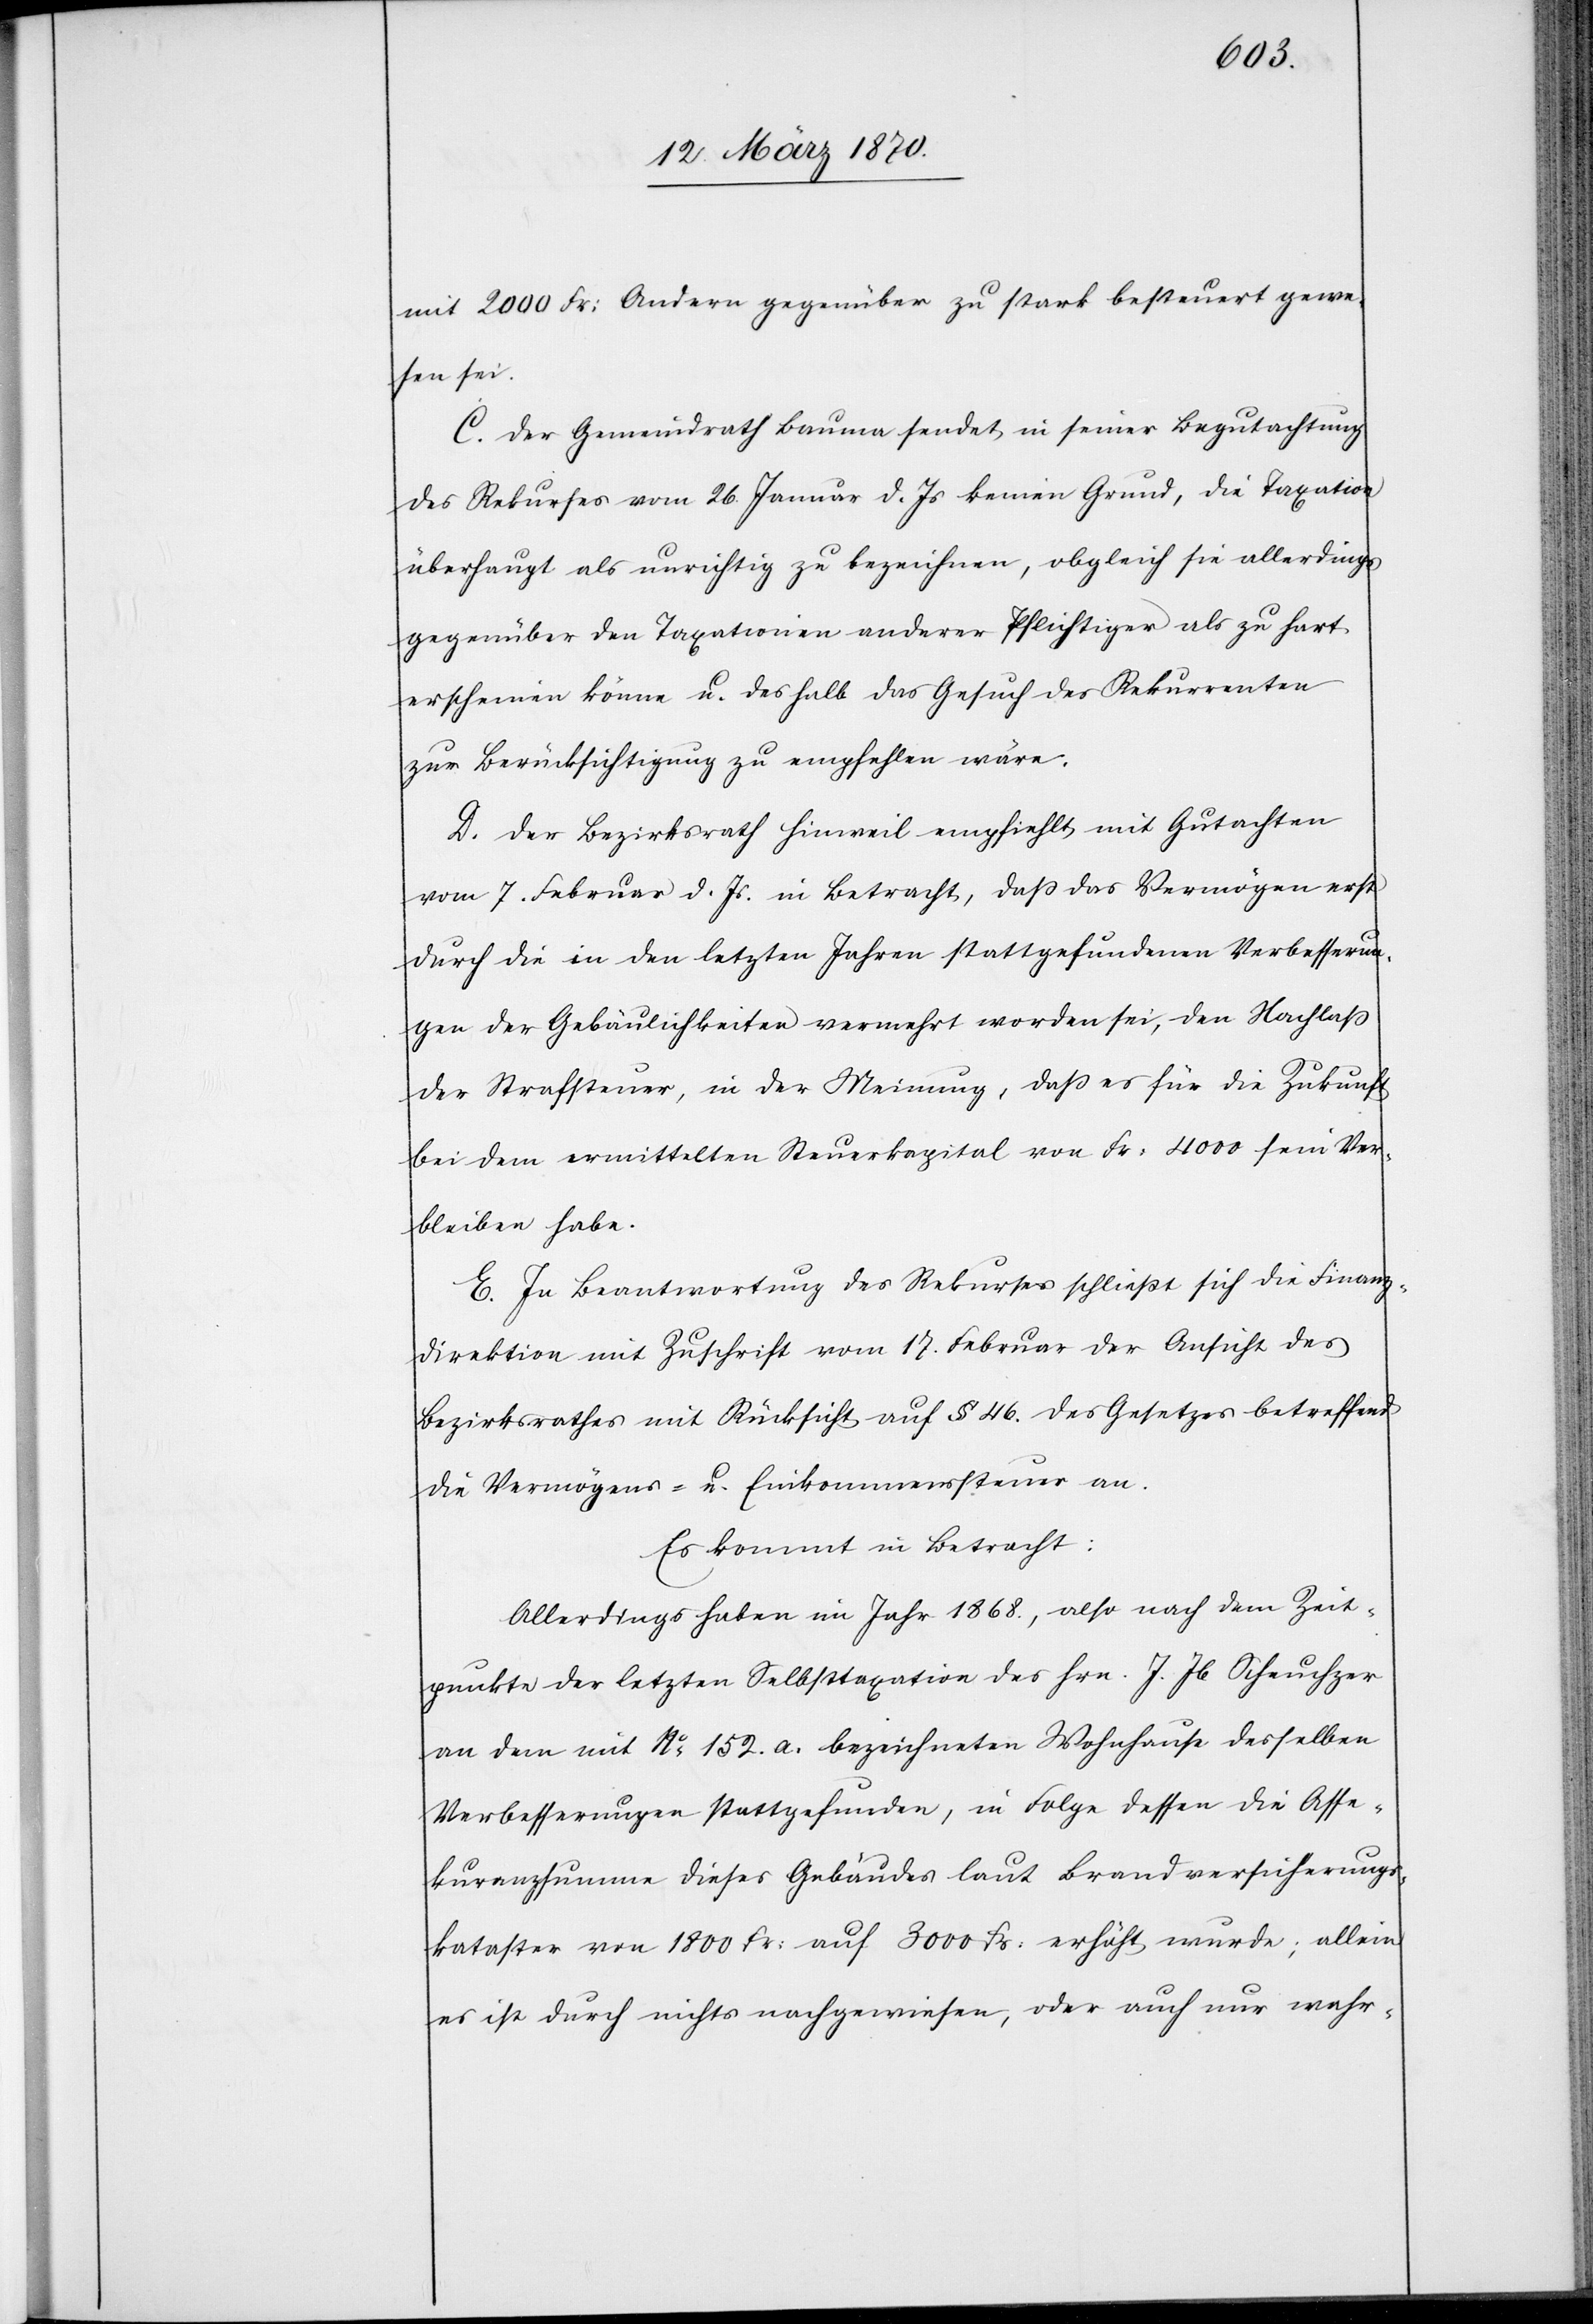
mit 2000 Fr: Andern gegenüber zu stark besteuert gewe¬
sen sei.
C. Der Gemeindrath Bauma sendet in seiner Begutachtung
des Rekurses vom 26. Januar d. Js keinen Grund, die Taxation
überhaupt als unrichtig zu bezeichnen, obgleich sie allerdings
gegenüber den Taxationen anderer Pflichtiger als zu hart
erscheinen könne u. deshalb das Gesuch des Rekurrenten
zur Berücksichtigung zu empfehlen sei.
D. Der Bezirksrath Hinweil empfiehlt mit Gutachten
vom 7. Februar d. Js. in Betracht, daß das Vermögen erst
durch die in den letzten Jahren stattgefundenen Verbesserun¬
gen der Gebäulichkeiten vermehrt worden sei, den Nachlaß
der Straftsteuer, in der Meinung, daß es für die Zukunft
bei dem ermittelten Steuerkapital von Fr: 4000 sein Ver¬
bleiben habe.
E. In Beantwortung des Rekurses schließt sich die Finanz¬
direktion mit Zuschrift vom 17. Februar der Ansicht des
Bezirksrathes mit Rücksicht auf § 46. des Gesetzes betreffend
die Vermögens- u. Einkommenssteuer an.
Es kommt in Betracht:
Allerdings haben im Jahr 1868., also nach dem Zeit¬
punkte der letzten Selbsttaxation des Hrn. J. Jb Scheuchzer
an dem mit No. 152. a. bezeichneten Wohnhause desselben
Verbesserungen stattgefunden, in Folge dessen die Asse¬
kuranzsumme dieses Gebäudes laut Brandversicherungs¬
kataster von 1800 Fr: auf 3000 Fr: erhöht wurde; allein
es ist durch nichts nachgewiesen, oder auch nur wahr-